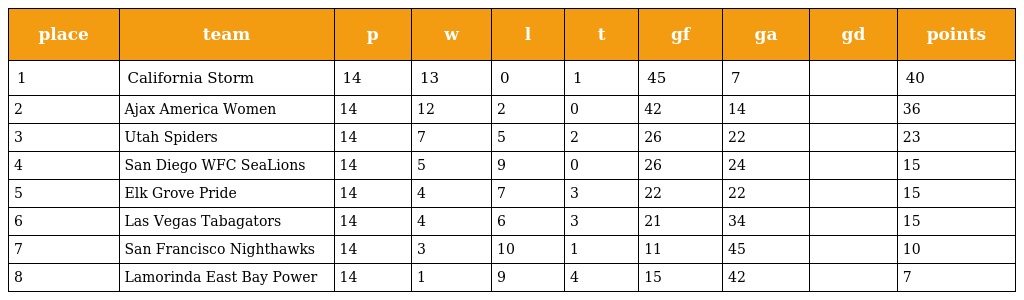
| place | team | p | w | l | t | gf | ga | gd | points |
 | --- | --- | --- | --- | --- | --- | --- | --- | --- | --- |
 | 1 | California Storm | 14 | 13 | 0 | 1 | 45 | 7 |  | 40 |
 | 2 | Ajax America Women | 14 | 12 | 2 | 0 | 42 | 14 |  | 36 |
 | 3 | Utah Spiders | 14 | 7 | 5 | 2 | 26 | 22 |  | 23 |
 | 4 | San Diego WFC SeaLions | 14 | 5 | 9 | 0 | 26 | 24 |  | 15 |
 | 5 | Elk Grove Pride | 14 | 4 | 7 | 3 | 22 | 22 |  | 15 |
 | 6 | Las Vegas Tabagators | 14 | 4 | 6 | 3 | 21 | 34 |  | 15 |
 | 7 | San Francisco Nighthawks | 14 | 3 | 10 | 1 | 11 | 45 |  | 10 |
 | 8 | Lamorinda East Bay Power | 14 | 1 | 9 | 4 | 15 | 42 |  | 7 |